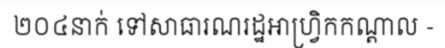
២០៤នាក់ ទៅសាធារណរដ្ឋអាហ្វ្រិកកណ្តាល -